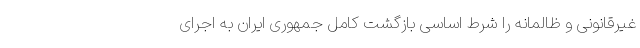
غیرقانونی و ظالمانه را شرط اساسی بازگشت کامل جمهوری ایران به اجرای